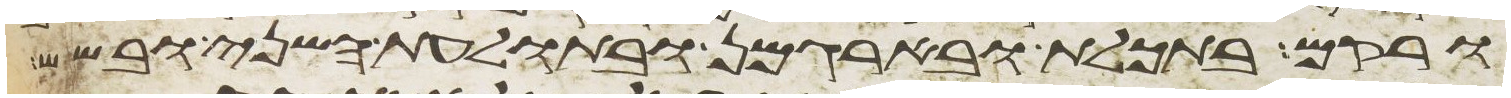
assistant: ורקם בתכלת ובארגמן ובתולעת השני ובשש